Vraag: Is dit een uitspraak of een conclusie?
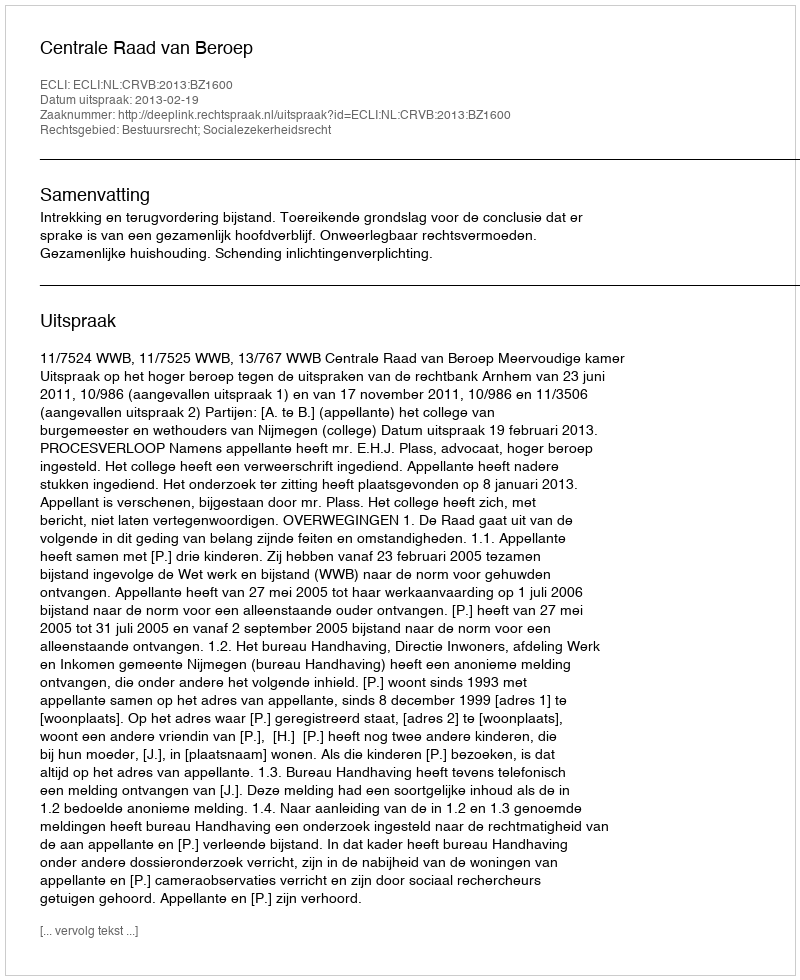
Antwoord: Uitspraak